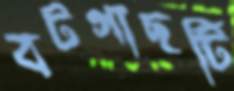
বটগাছটি